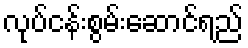
လုပ်ငန်းစွမ်းဆောင်ရည်